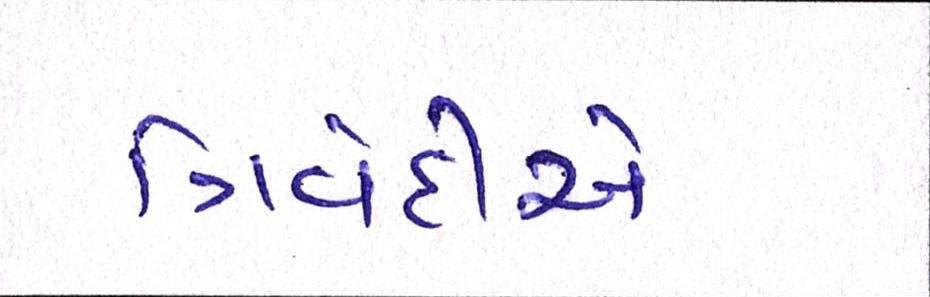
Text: ત્રિવેદીએ